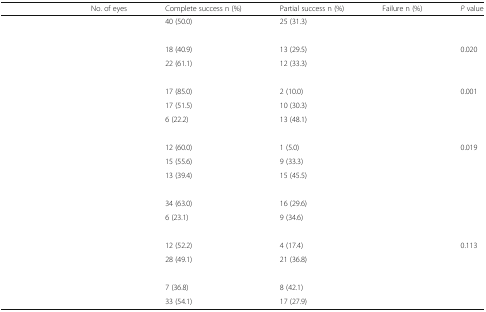
<table><thead><tr><td>[EMPTY_CELL]</td><td><b>No. of eyes</b></td><td><b>Complete success n (%)</b></td><td><b>Partial success n (%)</b></td><td><b>Failure n (%)</b></td><td><b><i>P</i> value</b></td></tr></thead><tbody><tr><td>[EMPTY_CELL]</td><td>[EMPTY_CELL]</td><td>40 (50.0)</td><td>25 (31.3)</td><td>[EMPTY_CELL]</td><td>[EMPTY_CELL]</td></tr><tr><td colspan="6">[EMPTY_CELL]</td></tr><tr><td>[EMPTY_CELL]</td><td>[EMPTY_CELL]</td><td>18 (40.9)</td><td>13 (29.5)</td><td>[EMPTY_CELL]</td><td>0.020</td></tr><tr><td>[EMPTY_CELL]</td><td>[EMPTY_CELL]</td><td>22 (61.1)</td><td>12 (33.3)</td><td>[EMPTY_CELL]</td><td>[EMPTY_CELL]</td></tr><tr><td colspan="6">[EMPTY_CELL]</td></tr><tr><td>[EMPTY_CELL]</td><td>[EMPTY_CELL]</td><td>17 (85.0)</td><td>2 (10.0)</td><td>[EMPTY_CELL]</td><td>0.001</td></tr><tr><td>[EMPTY_CELL]</td><td>[EMPTY_CELL]</td><td>17 (51.5)</td><td>10 (30.3)</td><td>[EMPTY_CELL]</td><td>[EMPTY_CELL]</td></tr><tr><td>[EMPTY_CELL]</td><td>[EMPTY_CELL]</td><td>6 (22.2)</td><td>13 (48.1)</td><td>[EMPTY_CELL]</td><td>[EMPTY_CELL]</td></tr><tr><td colspan="6">[EMPTY_CELL]</td></tr><tr><td>[EMPTY_CELL]</td><td>[EMPTY_CELL]</td><td>12 (60.0)</td><td>1 (5.0)</td><td>[EMPTY_CELL]</td><td>0.019</td></tr><tr><td>[EMPTY_CELL]</td><td>[EMPTY_CELL]</td><td>15 (55.6)</td><td>9 (33.3)</td><td>[EMPTY_CELL]</td><td>[EMPTY_CELL]</td></tr><tr><td>[EMPTY_CELL]</td><td>[EMPTY_CELL]</td><td>13 (39.4)</td><td>15 (45.5)</td><td>[EMPTY_CELL]</td><td>[EMPTY_CELL]</td></tr><tr><td colspan="6">[EMPTY_CELL]</td></tr><tr><td>[EMPTY_CELL]</td><td>[EMPTY_CELL]</td><td>34 (63.0)</td><td>16 (29.6)</td><td>[EMPTY_CELL]</td><td>[EMPTY_CELL]</td></tr><tr><td>[EMPTY_CELL]</td><td>[EMPTY_CELL]</td><td>6 (23.1)</td><td>9 (34.6)</td><td>[EMPTY_CELL]</td><td>[EMPTY_CELL]</td></tr><tr><td colspan="6">[EMPTY_CELL]</td></tr><tr><td>[EMPTY_CELL]</td><td>[EMPTY_CELL]</td><td>12 (52.2)</td><td>4 (17.4)</td><td>[EMPTY_CELL]</td><td>0.113</td></tr><tr><td>[EMPTY_CELL]</td><td>[EMPTY_CELL]</td><td>28 (49.1)</td><td>21 (36.8)</td><td>[EMPTY_CELL]</td><td>[EMPTY_CELL]</td></tr><tr><td colspan="6">[EMPTY_CELL]</td></tr><tr><td>[EMPTY_CELL]</td><td>[EMPTY_CELL]</td><td>7 (36.8)</td><td>8 (42.1)</td><td>[EMPTY_CELL]</td><td>[EMPTY_CELL]</td></tr><tr><td>[EMPTY_CELL]</td><td>[EMPTY_CELL]</td><td>33 (54.1)</td><td>17 (27.9)</td><td>[EMPTY_CELL]</td><td>[EMPTY_CELL]</td></tr></tbody></table>